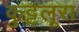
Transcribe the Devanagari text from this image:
कुट्टलूरा